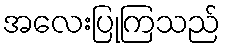
အလေးပြုကြသည်